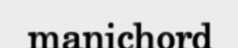
manichord